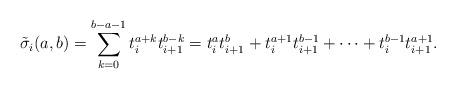
LaTeX: \begin{align*}\tilde{\sigma}_i(a,b) = \sum_{k=0}^{b-a-1} t_i^{a+k}t_{i+1}^{b-k} = t_i^{a}t_{i+1}^{b} + t_i^{a+1}t_{i+1}^{b-1} + \cdots + t_i^{b-1}t_{i+1}^{a+1}.\end{align*}